Insane asylums in Bengal annual reports 1867-1875 - 1867-1875
Year: 1867
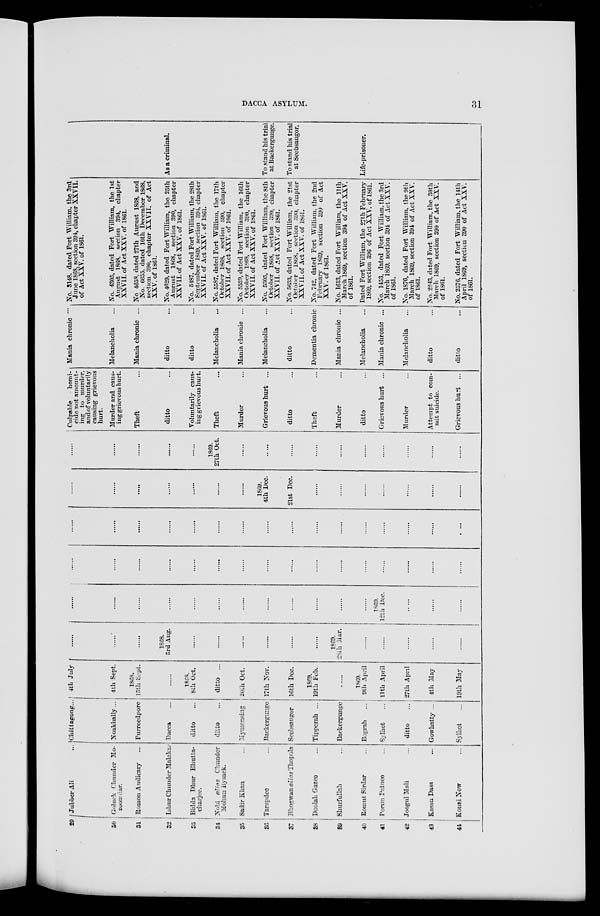
DACCA ASYLUM.
31
29
30
31
32
33
34
35
36
37
38
39
40
41
42
43
44
Jubber Ali ...
Goluck Chunder Mo-
zoomdar.
Romon Audicary ...
Ishur Chunder Malakar
Bidda Dhur Bhutta-
charjee.
Nobi alias Chunder
Mohun Bysack.
Sadir Khan ...
Tarapdee ...
Bhogwan alias Thopola
Doolah Gazee ...
Shurfullah ...
Romut Sirdar ...
Porun Patnee ...
Joogul Mali ...
Kassu Dass ...
Konai Now ...
Chittagong...
Noakhally...
Furreedpore
Dacca ...
ditto ...
ditto ...
Mymensing
Backergunge
Seebsaugor
Tipperah ...
Backergunge
Bograh ...
Sylhet ...
ditto ...
Gowhatty ...
Sylhet ...
4th July
4th Sept.
1868.
15th Sept.
......
1868.
8th Oct.
ditto ...
20th Oct.
17th Nov.
16th Dec.
1869.
19th Feb.
......
1869.
9th April
11th April
27th April
4th May
19th May
.......
......
......
1868.
3rd Aug.
......
......
......
......
......
......
1869.
28th Mar.
......
......
......
......
......
......
......
......
......
......
......
......
......
......
......
......
1869.
12th Dec.
......
......
......
......
......
......
......
......
......
......
......
......
......
......
......
......
......
......
......
......
......
......
......
......
......
......
......
......
......
......
......
......
......
......
.....
......
......
......
......
......
......
......
1869.
4th Dec.
21st Dec.
......
......
......
......
......
......
......
......
......
......
......
......
1869.
27th Oct.
......
......
......
......
......
......
......
......
......
......
Culpable
homi-
cide not amount-
ing to murder,
and of voluntarily
causing grievous
hurt.
Murder and caus-
ing grievous hurt.
Theft ...
ditto ...
Voluntarily caus-
ing grievous hurt.
Theft ...
Murder ...
Grievous hurt ...
ditto ...
Theft ...
Murder ...
ditto ...
Grievous hurt ...
Murder ...
Attempt to com-
mit suicide.
Grievous hurt ...
Mania chronic ...
Melancholia ...
Mania chronic ...
ditto ...
ditto ...
Melancholia ...
Mania chronic ...
Melancholia ...
ditto ...
Dementia chronic
Mania chronic ...
Melancholia ...
Mania chronic ...
Melancholia ...
ditto ...
ditto ...
No. 3148, dated Fort William, the 3rd
June 1868, section 394, chapter XXVII.
of Act XXV. of 1861.
No. 4305, dated Fort William, the 1st
August 1868, section 394, chapter
XXVII. of Act XXV. of 1861.
No 4658, dated 27th August 1868, and
No. 6655, dated 10th December 1868,
section 390, chapter XXVII. of Act
XXV. of 1861.
No. 4629, dated Fort William, the 25th
August 1868, section 390, chapter
XXVII. of Act XXV. of 1861.
No. 5487, dated Fort William, the 28th
September 1869, section 394, chapter
XXVII. of Act XXV. of 1861.
No. 5587, dated Fort William, the 17th
October 1868, section 390, chapter
XXVII. of Act XXV. of 1861.
No. 5539, dated Fort William, the 16th
October 1868, section 390, chapter
XXVII. of Act XXV. of 1861.
No. 5305, dated Fort William, the 8th
October 1868, section 390, chapter
XXVII. of Act XXV. of 1861.
No. 5633, dated Fort William, the 21st
October 1868, section 390, chapter
XXVII. of Act XXV. of 1861.
No. 742, dated Fort William, the 2nd
February 1869, section 390 of Act
XXV. of 1861.
No. 1613, dated Fort William, the 11th
March 1869, section 394 of Act XXV.
of 1861.
Dated Fort William, the 27th February
1869, section 396 of Act XXV. of 1861.
No. 1453, dated Fort William, the 3rd
March 1869, section 394 of Act XXV.
of 1861.
No. 1876, dated Fort William, the 9th
March 1869, section 394 of Act XXV.
of 1861.
No. 2243, dated Fort William, the 30th
March 1869, section 390 of Act XXV.
of 1861.
No. 2576, dated Fort William, the 14th
April 1869, section 390 of Act XXV.
of 1861.
As a criminal.
To stand his trial
at Backergunge.
To stand his trial
at Seebsaugor.
Life-prisoner.